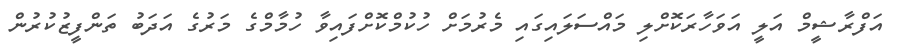
އަފްރާޝީމް އަލީ އަވަހާރަކޮށްލި މައްސަލައިގައި މެރުމަށް ހުކުމްކޮށްފައިވާ ހުމާމްގެ މަރުގެ އަދަބު ތަންފީޒުކުރުން